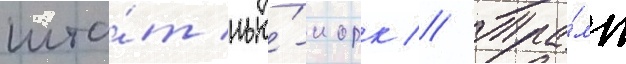
шта́т нью́-иорк // Тра́мп